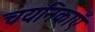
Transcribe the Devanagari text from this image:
चयनिकाएँ